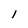
Character: l